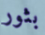
بثور